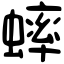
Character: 蟀